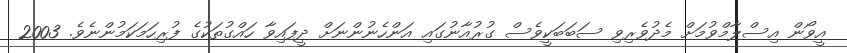
އީވޯން އިސްލާމްވުމަށް މެދުވެރިވި ސަބަބަކީވެސް ގުރުއާނުގައި އަންހެނުންނަށް ދީފައިވާ ހައްގުތަކުގެ ފުރިހަމަކަމުންނެވެ. 2003